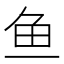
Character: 鱼